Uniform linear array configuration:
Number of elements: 16
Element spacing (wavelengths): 1
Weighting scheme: cosine
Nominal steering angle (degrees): -60
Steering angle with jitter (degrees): -60.362
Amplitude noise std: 0.05
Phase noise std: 0.05

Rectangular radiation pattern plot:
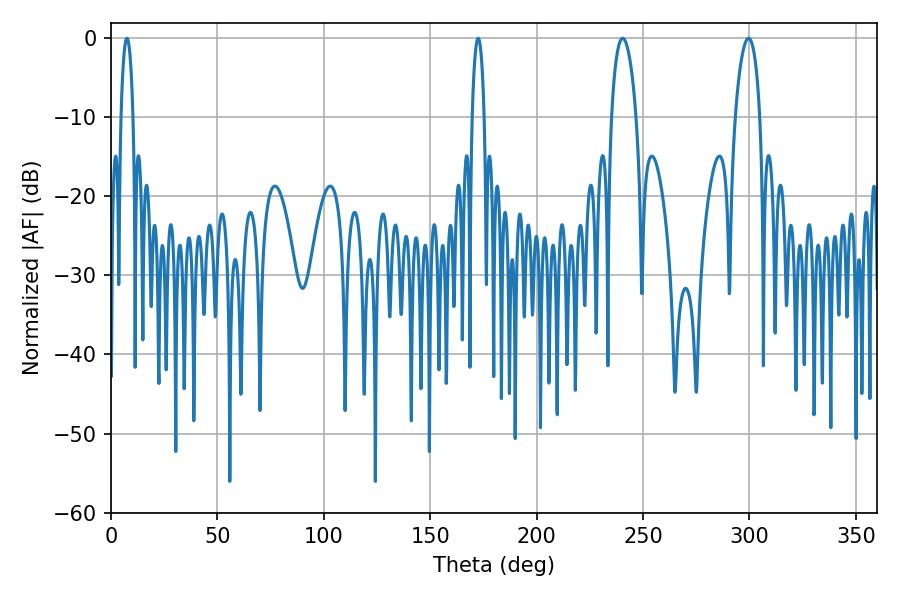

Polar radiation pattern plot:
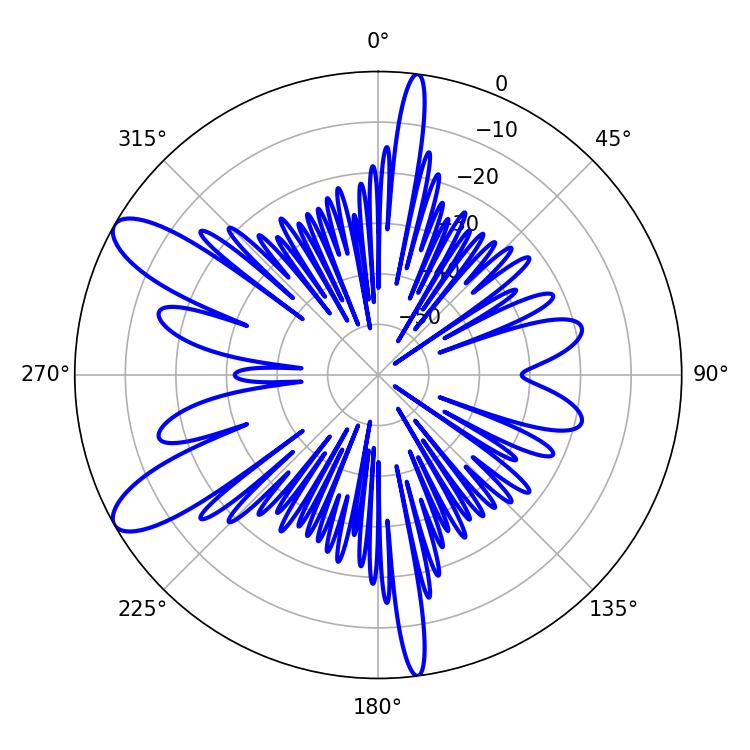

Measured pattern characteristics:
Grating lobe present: TRUE
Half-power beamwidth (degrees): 6.66
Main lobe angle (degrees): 240.48